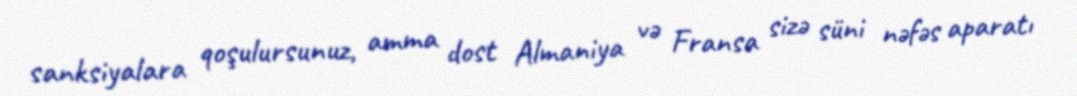
sanksiyalara qoşulursunuz, amma dost Almaniya və Fransa sizə süni nəfəs aparatı